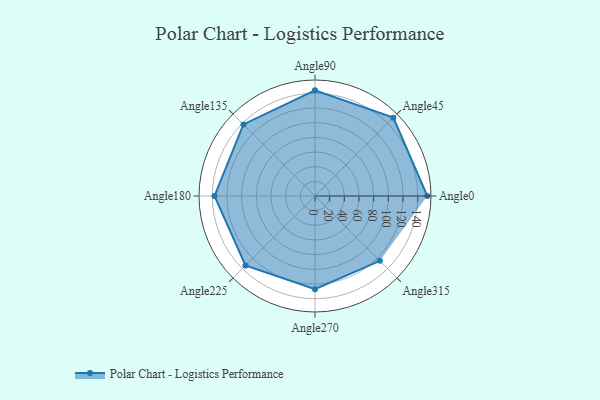
{"axis": {"x": "Angle", "y": "Radius"}, "legend": [""], "data": [{"x": "Angle0", "y": 153.0, "type": ""}, {"x": "Angle45", "y": 151.0, "type": ""}, {"x": "Angle90", "y": 144.0, "type": ""}, {"x": "Angle135", "y": 138.0, "type": ""}, {"x": "Angle180", "y": 137.0, "type": ""}, {"x": "Angle225", "y": 134.0, "type": ""}, {"x": "Angle270", "y": 127.0, "type": ""}, {"x": "Angle315", "y": 125.0, "type": ""}]}